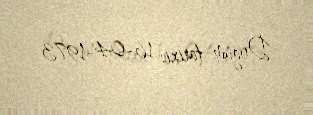
Doğum tarixi: 16-04-1973